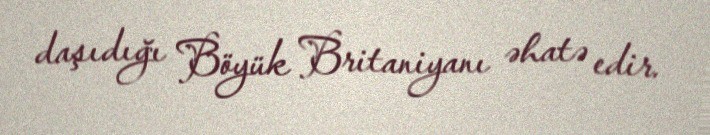
daşıdığı Böyük Britaniyanı əhatə edir.